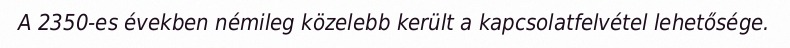
A 2350-es években némileg közelebb került a kapcsolatfelvétel lehetősége.